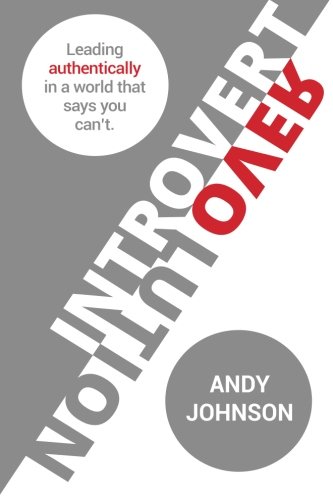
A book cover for Introvert Revolution: Leading Authentically in a World That Says You Can't; Andy Johnson; Health, Fitness & Dieting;